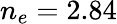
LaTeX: n_{e}=2.84